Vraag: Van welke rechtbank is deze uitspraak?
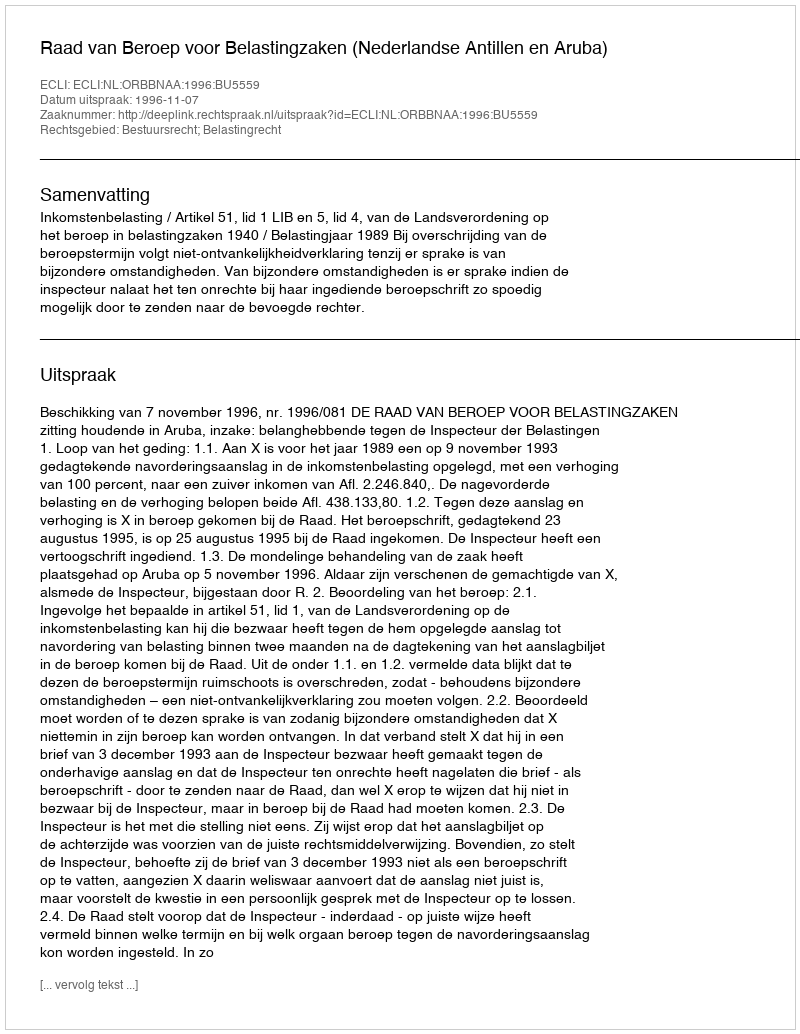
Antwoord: Raad van Beroep voor Belastingzaken (Nederlandse Antillen en Aruba)